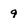
Character: 9